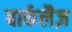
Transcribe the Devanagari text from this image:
बार्कलैज़